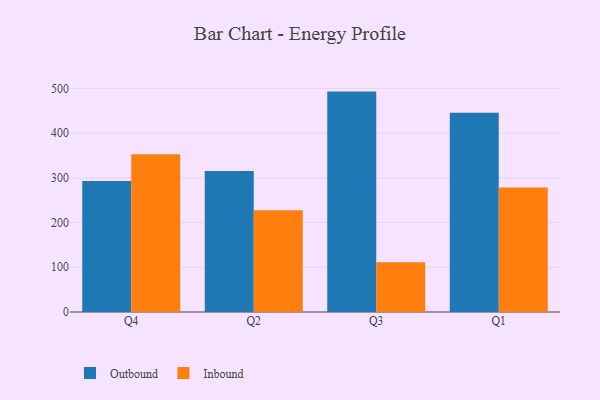
{"axis": {"x": "Quarter", "y": "Backlog"}, "legend": ["Inbound", "Outbound"], "data": [{"x": "Q4", "y": 293.0, "type": "Outbound"}, {"x": "Q4", "y": 352.9, "type": "Inbound"}, {"x": "Q2", "y": 315.3, "type": "Outbound"}, {"x": "Q2", "y": 227.5, "type": "Inbound"}, {"x": "Q3", "y": 492.9, "type": "Outbound"}, {"x": "Q3", "y": 111.3, "type": "Inbound"}, {"x": "Q1", "y": 445.6, "type": "Outbound"}, {"x": "Q1", "y": 278.4, "type": "Inbound"}]}